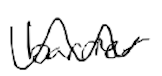
Text: barrier
Cross-out: wave
Writing tool: digital_black